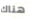
هناك